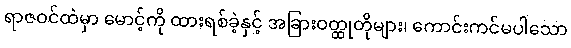
ရာဇဝင်ထဲမှာ မောင့်ကို ထားရစ်ခဲ့နှင့် အခြားဝတ္ထုတိုများ၊ ကောင်းကင်မပါသော